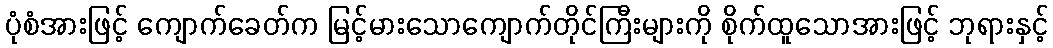
ပုံစံအားဖြင့် ကျောက်ခေတ်က မြင့်မားသောကျောက်တိုင်ကြီးများကို စိုက်ထူသောအားဖြင့် ဘုရားနှင့်